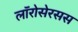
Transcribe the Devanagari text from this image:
लॉरोसेरसस